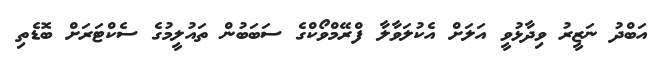
އަބްދު ނަޒީރު ވިދާޅުވީ އަލަށް އެކުލަވާލާ ފްރޭމްވޯކްގެ ސަބަބުން ތައުލީމުގެ ސެކްޓަރަށް ބޮޑެތި